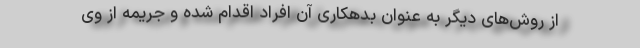
از روش‌های دیگر به عنوان بدهکاری آن افراد اقدام شده و جریمه از وی